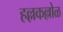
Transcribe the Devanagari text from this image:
हल्लकल्लोळ